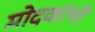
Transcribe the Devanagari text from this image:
मोदकांची